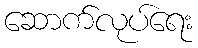
ဆောက်လုပ်ရေး